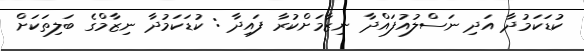
ކުޑަކަމުދާ އަދި ނަސްލުއުފައްދާ ނިޒާމަށްކުރާ ފައިދާ : ކުޑަކަމުދާ ނިޒާމްގެ ބަލިތަކަށް